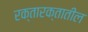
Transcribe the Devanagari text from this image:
रक्तारक्तातील